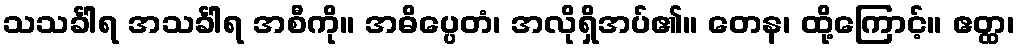
သသင်္ခါရ အသင်္ခါရ အစီကို။ အဓိပ္ပေတံ၊ အလိုရှိအပ်၏။ တေန၊ ထို့ကြောင့်။ ဧတ္ထ၊